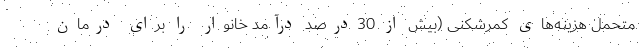
متحمل هزینه‌های کمرشکنی (بیش از 30درصد درآمد خانوار را برای درمان